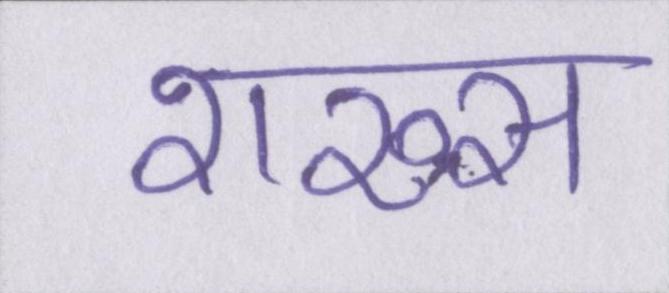
शख्स